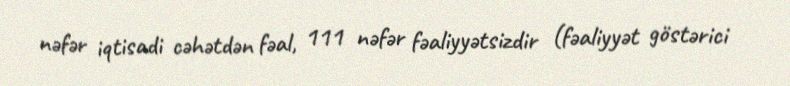
nəfər iqtisadi cəhətdən fəal, 111 nəfər fəaliyyətsizdir (fəaliyyət göstərici